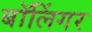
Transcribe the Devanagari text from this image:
बॉलिंगर